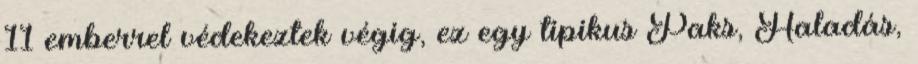
11 emberrel védekeztek végig, ez egy tipikus Paks, Haladás,